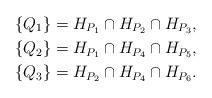
LaTeX: \begin{align*}\{Q_1\}&=H_{P_1}\cap H_{P_2}\cap H_{P_3},\\\{Q_2\}&=H_{P_1}\cap H_{P_4}\cap H_{P_5},\\\{Q_3\}&=H_{P_2}\cap H_{P_4}\cap H_{P_6}.\end{align*}